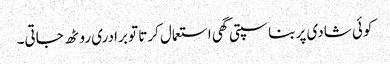
کوئی شادی پر بناسپتی گھی استعمال کرتا تو برادری روٹھ جاتی۔